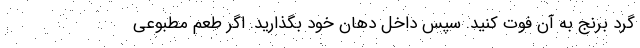
گرد برنج به آن فوت کنید. سپس داخل دهان خود بگذارید. اگر طعم مطبوعی